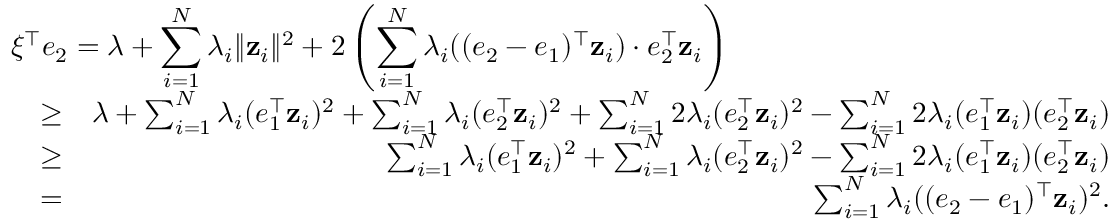
\begin{array} { r l r } { \lefteqn { \xi ^ { \top } e _ { 2 } = \lambda + \sum _ { i = 1 } ^ { N } \lambda _ { i } \| \mathbf z _ { i } \| ^ { 2 } + 2 \left( \sum _ { i = 1 } ^ { N } \lambda _ { i } ( ( e _ { 2 } - e _ { 1 } ) ^ { \top } \mathbf z _ { i } ) \cdot e _ { 2 } ^ { \top } \mathbf z _ { i } \right) } } \\ & { \geq } & { \lambda + \sum _ { i = 1 } ^ { N } \lambda _ { i } ( e _ { 1 } ^ { \top } \mathbf z _ { i } ) ^ { 2 } + \sum _ { i = 1 } ^ { N } \lambda _ { i } ( e _ { 2 } ^ { \top } \mathbf z _ { i } ) ^ { 2 } + \sum _ { i = 1 } ^ { N } 2 \lambda _ { i } ( e _ { 2 } ^ { \top } \mathbf z _ { i } ) ^ { 2 } - \sum _ { i = 1 } ^ { N } 2 \lambda _ { i } ( e _ { 1 } ^ { \top } \mathbf z _ { i } ) ( e _ { 2 } ^ { \top } \mathbf z _ { i } ) } \\ & { \geq } & { \sum _ { i = 1 } ^ { N } \lambda _ { i } ( e _ { 1 } ^ { \top } \mathbf z _ { i } ) ^ { 2 } + \sum _ { i = 1 } ^ { N } \lambda _ { i } ( e _ { 2 } ^ { \top } \mathbf z _ { i } ) ^ { 2 } - \sum _ { i = 1 } ^ { N } 2 \lambda _ { i } ( e _ { 1 } ^ { \top } \mathbf z _ { i } ) ( e _ { 2 } ^ { \top } \mathbf z _ { i } ) } \\ & { = } & { \sum _ { i = 1 } ^ { N } \lambda _ { i } ( ( e _ { 2 } - e _ { 1 } ) ^ { \top } \mathbf z _ { i } ) ^ { 2 } . } \end{array}